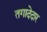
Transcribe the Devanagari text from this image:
तगादेदार